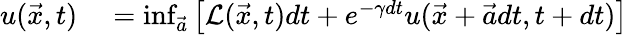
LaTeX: \begin{array}{rl}{u(\vec{x},t)}&{{}=\operatorname*{inf}_{\vec{a}}\left[\mathcal{L}(\vec{x},t)dt+e^{-\gamma dt}u(\vec{x}+\vec{a}dt,t+dt)\right]}\end{array}